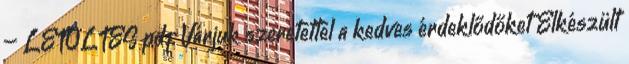
– LETÖLTÉS pdf Várjuk szeretettel a kedves érdeklődőket Elkészült